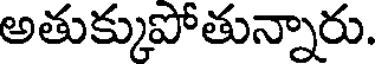
అతుక్కుపోతున్నారు.